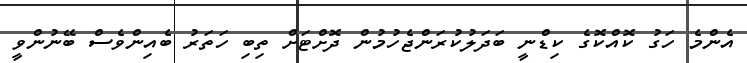
އެންމެ ހަގު ކޮއްކޮގެ ކިޑްނީ ބަދަލުކުރަންޖެހުމުން ދޮށްޓަށް ތިބި ހަތަރު ބެއިންވެސް ބޭނުންވީ